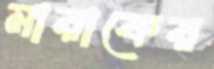
মারাকের